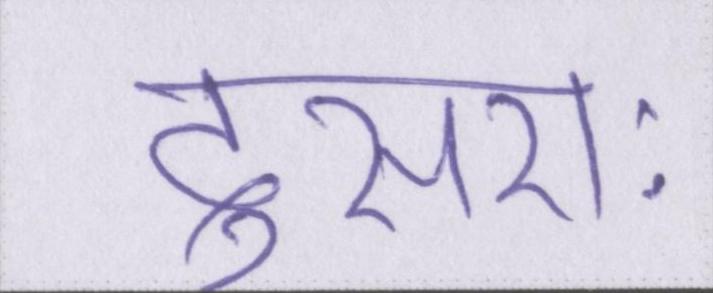
दूसराः